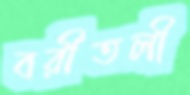
বরীতলী